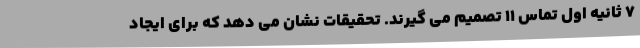
7 ثانیه اول تماس 11 تصمیم می گیرند. تحقیقات نشان می دهد که برای ایجاد